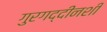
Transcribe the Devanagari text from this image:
गुरगद्दीनशीं